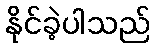
နိုင်ခဲ့ပါသည်